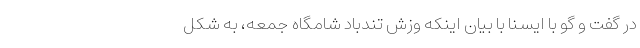
در گفت و گو با ایسنا با بیان اینکه وزش تندباد شامگاه جمعه، به شکل